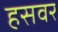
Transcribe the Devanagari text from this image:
हसवर